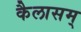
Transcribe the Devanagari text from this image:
कैलासम्‌